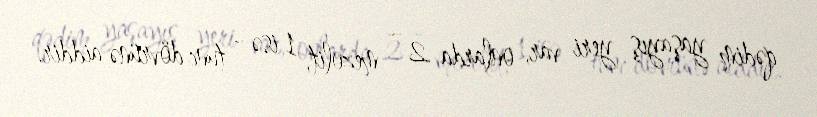
qədim yaşayış yeri var, onlarda 2 – mezolit, 1 isə – tunc dövrünə aiddir.